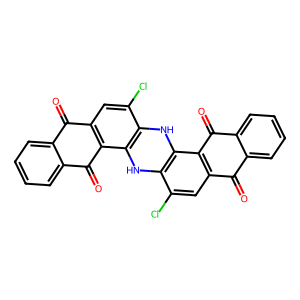
SMILES: O=c1c2ccccc2c(=O)c2c1cc(Cl)c1[nH]c3c([nH]c12)c(Cl)cc1c(=O)c2ccccc2c(=O)c13
Inhibits HIV replication: No